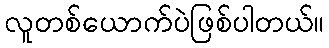
လူတစ်ယောက်ပဲဖြစ်ပါတယ်။